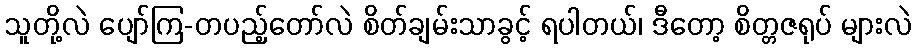
သူတို့လဲ ပျော်ကြ-တပည့်တော်လဲ စိတ်ချမ်းသာခွင့် ရပါတယ်၊ ဒီတော့ စိတ္တဇရုပ် များလဲ